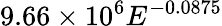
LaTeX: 9.66\times 10^{6}E^{-0.0875}